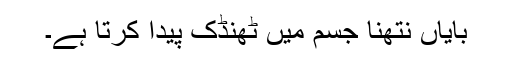
بایاں نتھنا جسم میں ٹھنڈک پیدا کرتا ہے۔